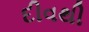
દીવથી